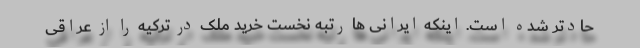
حادتر شده است. اینکه ایرانی ها رتبه نخست خرید ملک در ترکیه را از عراقی